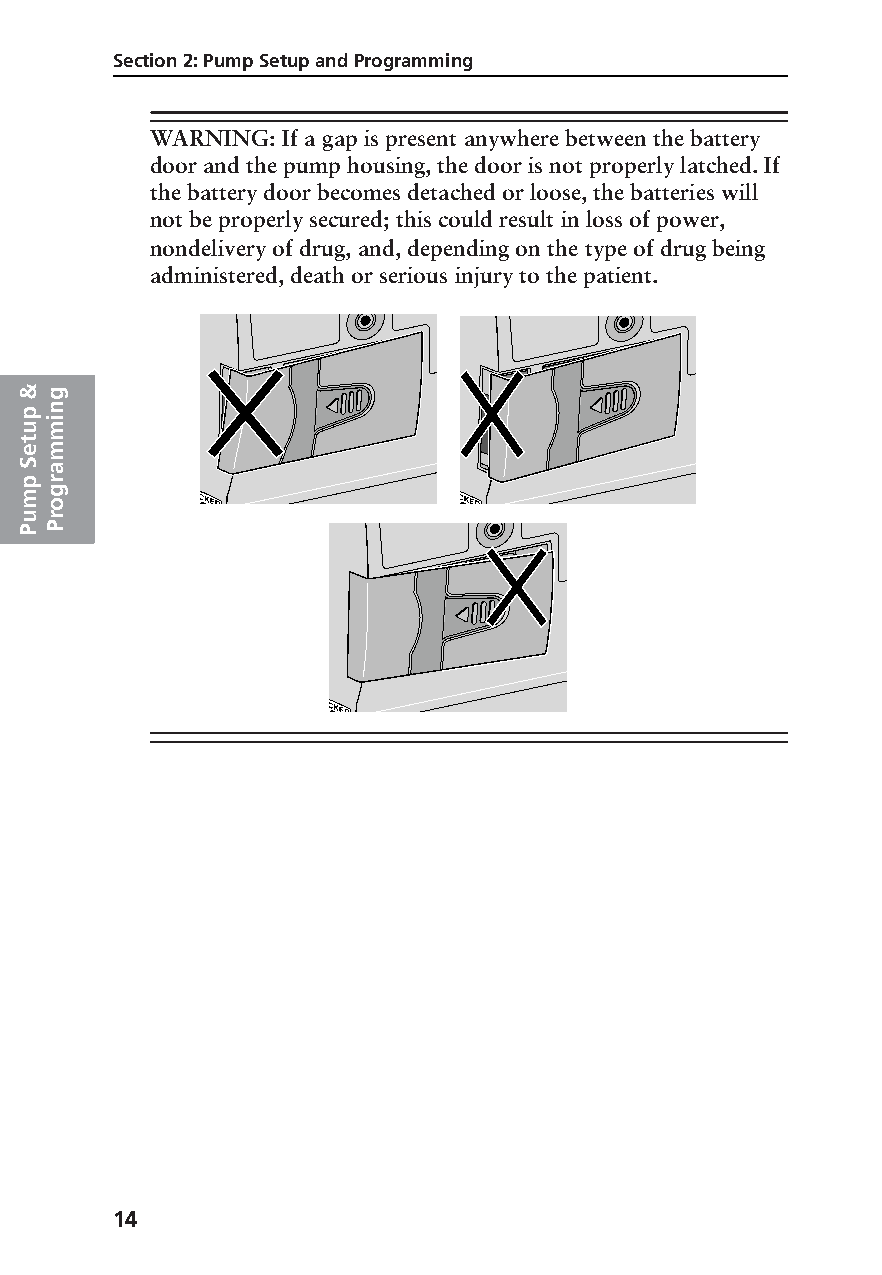
Section 2: Pump Setup and Programming
 WARNING: If a gap is present anywhere between the battery
 door and the pump housing, the door is not properly latched. If
 the battery door becomes detached or loose, the batteries will
 not be properly secured; this could result in loss of power,
 nondelivery of drug, and, depending on the type of drug being
 administered, death or serious injury to the patient.
 &g
 p n
 umi
 t
 em
 Sa
 p r
 mg
 o
 ur
 PP
 14
 PROOF (LR #3086), 2000-03-16 «3935-51D Manual, Legacy 1»